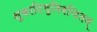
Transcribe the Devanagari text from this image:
शुकादिमुनिवन्दितम्